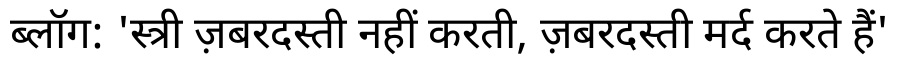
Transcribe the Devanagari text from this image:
ब्लॉग: 'स्त्री ज़बरदस्ती नहीं करती, ज़बरदस्ती मर्द करते हैं'